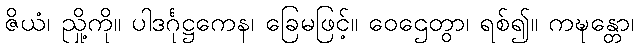
ဇိယံ၊ ညှို့ကို။ ပါဒင်္ဂုဋ္ဌကေန၊ ခြေမဖြင့်။ ဝေဌေတွာ၊ ရစ်၍။ ကဍ္ဎန္တော၊